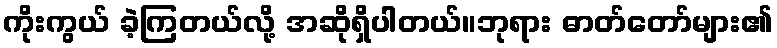
ကိုးကွယ် ခဲ့ကြတယ်လို့ အဆိုရှိပါတယ်။ဘုရား ဓာတ်တော်များ၏